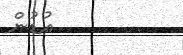
އުޑުން